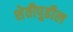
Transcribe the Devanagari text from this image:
शेतीपुढील